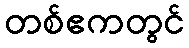
တစ်ဧကတွင်